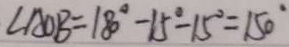
\angle A O B = 1 8 0 ^ { \circ } - 1 5 ^ { \circ } - 1 5 ^ { \circ } = 1 5 0 ^ { \circ }